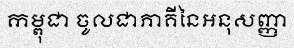
កម្ពុជា ចូលជាភាគីនៃអនុសញ្ញា